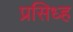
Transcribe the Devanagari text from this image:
प्रसिध्ह